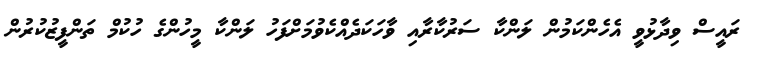
ރައީސް ވިދާޅުވީ އެހެންކަމުން ލަންކާ ސަރުކާރާއި ވާހަކަދެއްކެވުމަށްފަހު ލަންކާ މީހުންގެ ހުކުމް ތަންފީޒުކުރުން